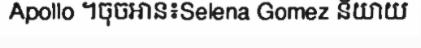
Apollo ។ចុចអាន៖Selena Gomez និយាយ